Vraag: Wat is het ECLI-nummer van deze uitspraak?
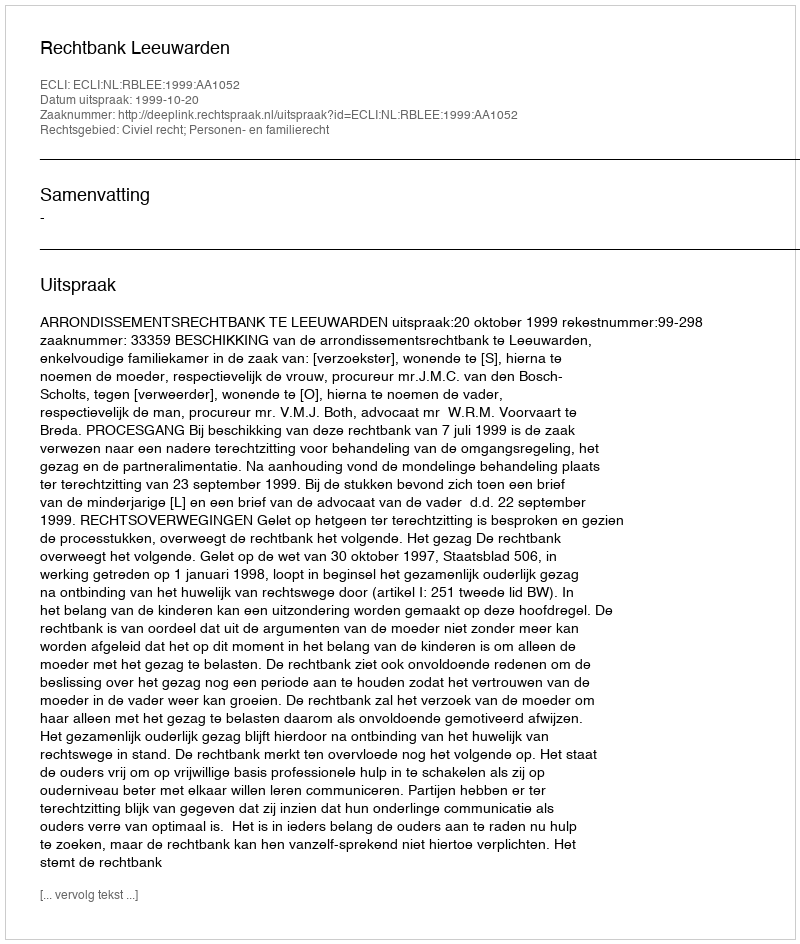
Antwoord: ECLI:NL:RBLEE:1999:AA1052